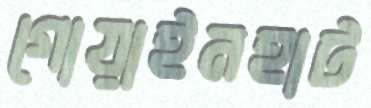
গোয়াইনহাট